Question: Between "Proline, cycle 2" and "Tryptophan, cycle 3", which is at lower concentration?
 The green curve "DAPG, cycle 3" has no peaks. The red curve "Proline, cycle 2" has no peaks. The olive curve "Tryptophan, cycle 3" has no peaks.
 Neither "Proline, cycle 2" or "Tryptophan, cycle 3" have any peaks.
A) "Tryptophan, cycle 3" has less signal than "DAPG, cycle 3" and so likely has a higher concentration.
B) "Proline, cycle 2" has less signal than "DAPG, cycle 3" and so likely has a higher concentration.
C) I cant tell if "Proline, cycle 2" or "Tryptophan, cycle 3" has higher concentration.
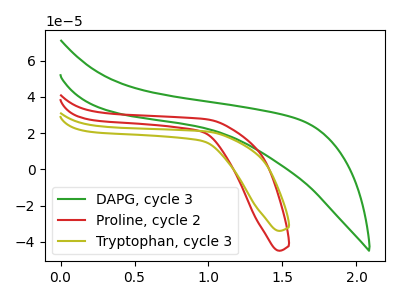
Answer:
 <answer>C) I cant tell if "Proline, cycle 2" or "Tryptophan, cycle 3" has higher concentration.</answer>
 <eval>C</eval>